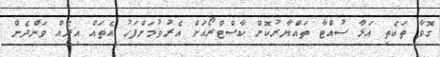
ގޮވާ ތަކެތި އަޅާ ސުއްޓާ ތައްޔާރުކޮށް ކާސްޓްރޯއަށް އެރުވުމަށްފަހު އެތައް އިރެއް ވަންދެން